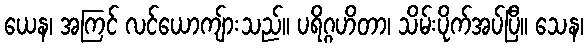
ယေန၊ အကြင် လင်ယောကျ်ားသည်။ ပရိဂ္ဂဟိတာ၊ သိမ်းပိုက်အပ်ပြီ။ သေန၊